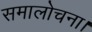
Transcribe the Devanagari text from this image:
समालोचना।